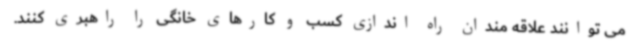
می توانند علاقه مندان راه اندازی کسب و کارهای خانگی را راهبری کنند.